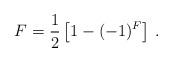
LaTeX: \begin{align*}F=\frac{1}{2}\left[1-(-1)^F \right]\,.\end{align*}